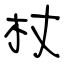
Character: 杖